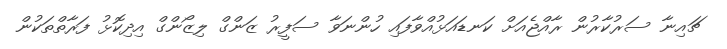
ޗައިނާ ސަރުކާރުން ރާއްޖެއަށް ކަނޑައަޅުއްވާފައި ހުންނަވާ ސަފީރު ޒަންގް ލިޒޯންގް އިދިކޮޅު ފަރާތްތަކުން